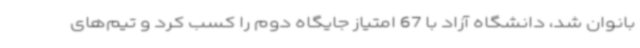
بانوان شد، دانشگاه آزاد با 67 امتیاز جایگاه دوم را کسب کرد و تیم‌های